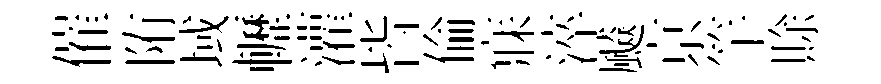
催陏域轣灌皆倫寐淬飇亰竿賖